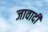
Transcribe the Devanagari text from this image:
जावादी